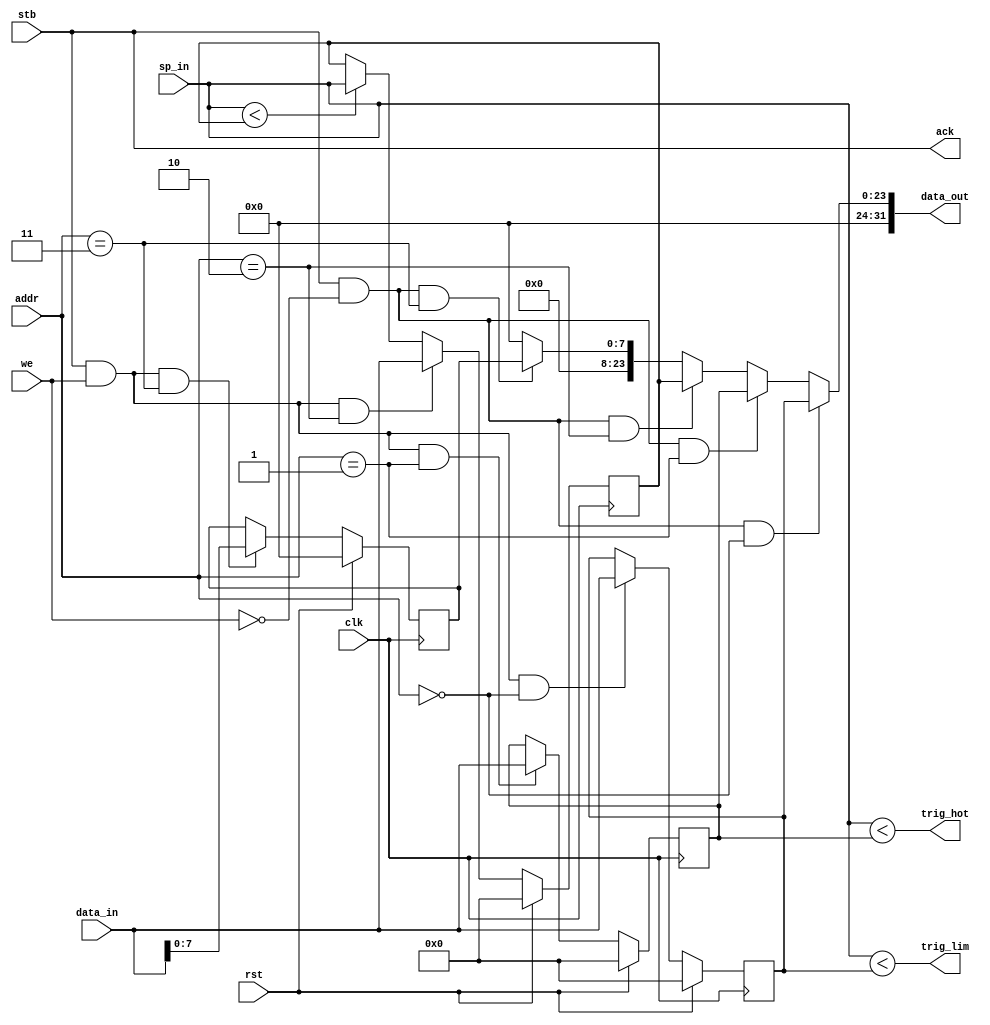
/**
  Stack monitor
  --
  Architecture: ANY
  Board: any
  --
  Stack grows downwards.
  --
  (c) 2020 - 2023 Gray, gray@grayraven.org
  https://oberon-rts.org/licences
**/

`timescale 1ns / 1ps
`default_nettype none

module stackmon (
  input wire clk,
  input wire rst,
  input wire stb,
  input wire we,
  input wire [1:0] addr,
  input wire [23:0] sp_in,
  input wire [23:0] data_in,
  output wire [31:0] data_out,
  output wire trig_lim,
  output wire trig_hot,
  output wire ack
);

  wire rd_stk_limit  = stb & ~we & (addr[1:0] == 2'b00);  // read absolute stack limit (lowest address)
  wire wr_stk_limit  = stb & we &  (addr[1:0] == 2'b00);
  wire rd_hot_limit  = stb & ~we & (addr[1:0] == 2'b01);  // read upper hotzone address
  wire wr_hot_limit  = stb & we &  (addr[1:0] == 2'b01);
  wire rd_min_sp_val = stb & ~we & (addr[1:0] == 2'b10);  // read minimum reached stack value
  wire wr_min_sp_val = stb & we &  (addr[1:0] == 2'b10);
  wire rd_cor_num    = stb & ~we & (addr[1:0] == 2'b11);  // read coroutine mumber/id
  wire wr_cor_num    = stb & we &  (addr[1:0] == 2'b11);

  reg [23:0] stack_limit = 0;
  reg [23:0] hot_limit = 0;
  reg [23:0] min_sp_val = 0;
  reg [7:0] cor_num = 0;

  assign trig_lim = (sp_in < stack_limit);
  assign trig_hot = (sp_in < hot_limit);

  always @(posedge clk) begin
    stack_limit <= rst ? 24'b0 : wr_stk_limit ? data_in[23:0] : stack_limit;
    hot_limit <= rst ? 24'b0 : wr_hot_limit ? data_in[23:0] : hot_limit;
    min_sp_val <= rst ? 24'b0 : wr_min_sp_val ? data_in[23:0] : (sp_in < min_sp_val) ? sp_in : min_sp_val;
    cor_num <= rst ? 8'b0 : wr_cor_num ? data_in[7:0] : cor_num;
  end

  assign data_out[31:0] =
    rd_stk_limit ? {8'b0, stack_limit} :
    rd_hot_limit ? {8'b0, hot_limit} :
    rd_min_sp_val ? {8'b0, min_sp_val} :
    rd_cor_num ? {24'b0, cor_num} :
    32'b0;

  assign ack = stb;

endmodule

`resetall